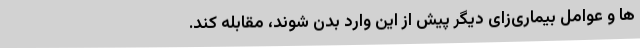
ها و عوامل بیماری‌زای دیگر پیش از این وارد بدن شوند، مقابله کند.